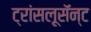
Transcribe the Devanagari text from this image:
ट्रांसलूसॅन्ट